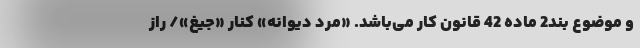
و موضوع بند2 ماده 42 قانون کار می‌باشد. «مرد دیوانه» کنار «جیغ»/ راز